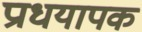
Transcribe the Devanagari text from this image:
प्राधयापक